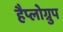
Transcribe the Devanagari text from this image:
हैप्लोग्रुप